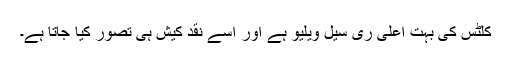
کلٹس کی بہت اعلی ری سیل ویلیو ہے اور اسے نقد کیش ہی تصور کیا جاتا ہے۔